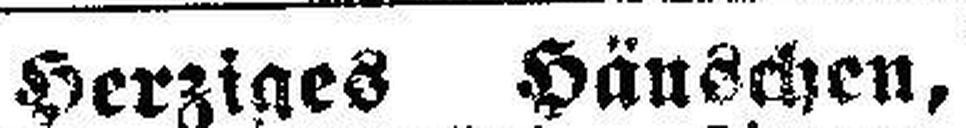
Herziges Häuschen,